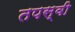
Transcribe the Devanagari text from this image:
तपस्‍वी